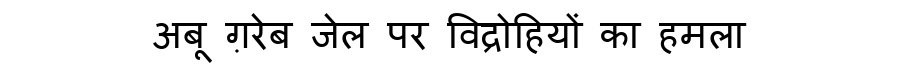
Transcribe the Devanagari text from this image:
अबू ग़रेब जेल पर विद्रोहियों का हमला